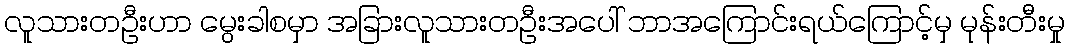
လူသားတဦးဟာ မွေးခါစမှာ အခြားလူသားတဦးအပေါ် ဘာအကြောင်းရယ်ကြောင့်မှ မုန်းတီးမှု